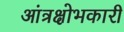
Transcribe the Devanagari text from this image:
आंत्रक्षोभकारी